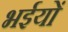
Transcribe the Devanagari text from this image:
भईयों